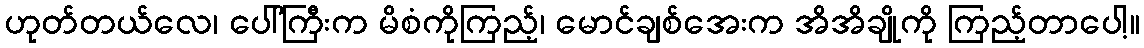
ဟုတ်တယ်လေ၊ ပေါ်ကြီးက မိစံကိုကြည့်၊ မောင်ချစ်အေးက အိအိချိုကို ကြည့်တာပေါ့။